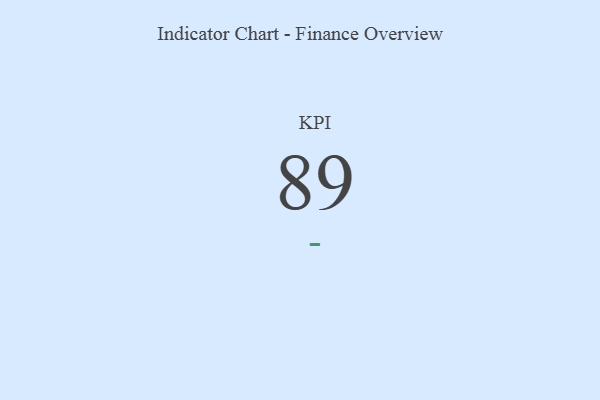
{"axis": {"x": "KPI", "y": "Value"}, "legend": [""], "data": [{"x": "KPI", "y": 89, "type": ""}]}